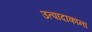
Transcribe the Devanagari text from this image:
उत्पादाकांना